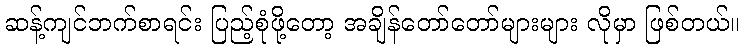
ဆန့်ကျင်ဘက်စာရင်း ပြည့်စုံဖို့တော့ အချိန်တော်တော်များများ လိုမှာ ဖြစ်တယ်။